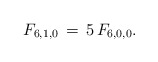
\begin{align*}F_{6,1,0} \,=\,5\,F_{6,0,0}.\end{align*}